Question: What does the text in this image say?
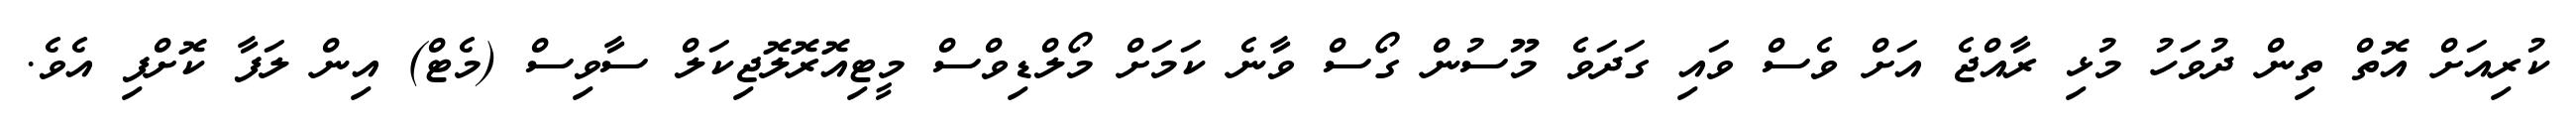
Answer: ކުރިއަށް އޮތް ތިން ދުވަހު މުޅި ރާއްޖެ އަށް ވެސް ވައި ގަދަވެ މޫސުން ގޯސް ވާނެ ކަމަށް މޯލްޑިވްސް މީޓިއޮރޮލޮޖިކަލް ސާވިސް (މެޓް) އިން ލަފާ ކޮށްފި އެވެ.